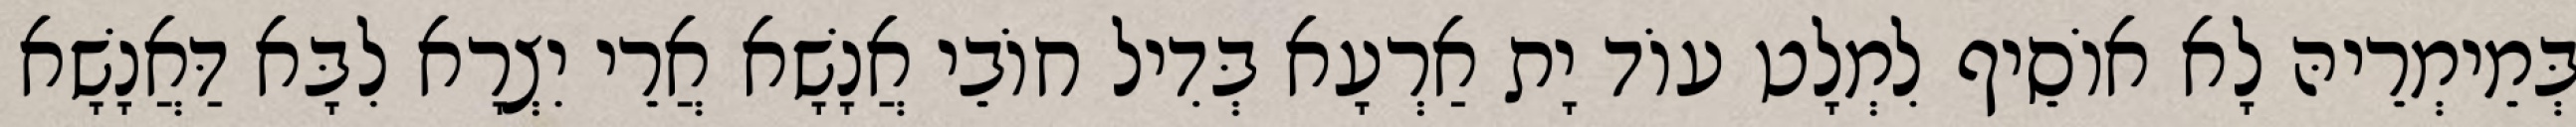
בְּמֵימְרֵיהּ לָא אוֹסֵיף לִמְלָט עוֹד יָת אַרְעָא בְּדִיל חוֹבֵי אֲנָשָׁא אֲרֵי יִצְרָא לִבָּא דַּאֲנָשָׁא